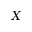
X